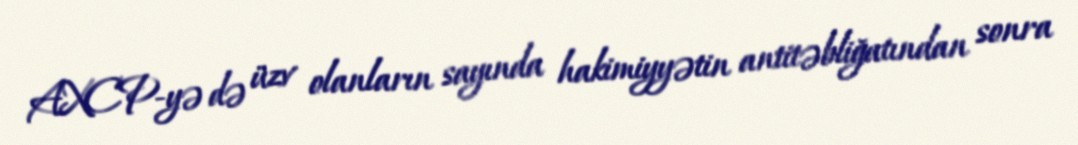
AXCP-yə də üzv olanların sayında hakimiyyətin antitəbliğatından sonra